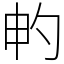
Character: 畃